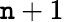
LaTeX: \mathtt{n}+1